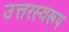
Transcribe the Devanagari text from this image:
उत्तरस्वरूप